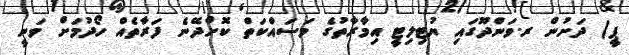
ޕީ) ދަށުން ރ.ވަންދޫގައި ޔުޓިލިޓީ އިމާރާތުގެ މަސައްކަތް ކޮށްދޭނެ ފަރާތެއް ހޯދުމަށް ވަނީ